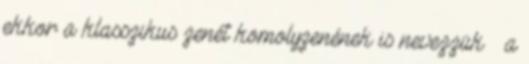
ekkor a klasszikus zenét komolyzenének is nevezzük – a